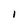
Character: I